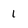
Character: 1